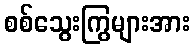
စစ်သွေးကြွများအား